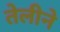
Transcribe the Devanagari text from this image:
तेलीने